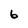
Character: 6